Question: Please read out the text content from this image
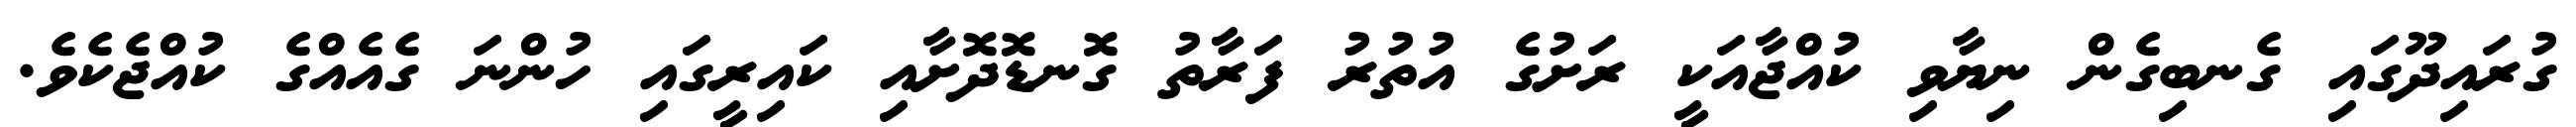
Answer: ގުރައިދޫގައި ގެނބިގެން ނިޔާވި ކުއްޖާއަކީ ރަށުގެ އުތުރު ފަރާތު ގޮނޑޮދޮށާއި ކައިރީގައި ހުންނަ ގެއެއްގެ ކުއްޖެކެވެ.